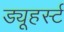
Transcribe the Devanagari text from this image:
ड्यूहर्स्ट